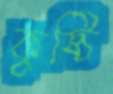
কুষ্ঠি